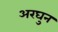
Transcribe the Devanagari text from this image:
अरघुन